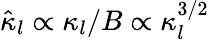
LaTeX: \hat{\kappa}_{l}\propto\kappa_{l}/B\propto\kappa_{l}^{3/2}